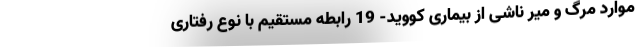
موارد مرگ و میر ناشی از بیماری کووید- 19 رابطه مستقیم با نوع رفتاری